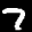
Label: 7